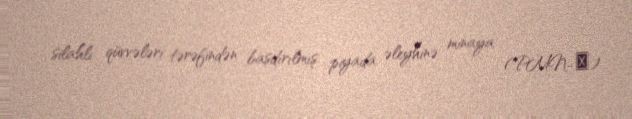
silahlı qüvvələri tərəfindən basdırılmış piyada əleyhinə minaya (PMN-Э)